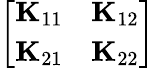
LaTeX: \left[\begin{array}{cc}{\mathbf{K}_{11}}&{\mathbf{K}_{12}}\\ {\mathbf{K}_{21}}&{\mathbf{K}_{22}}\end{array}\right]